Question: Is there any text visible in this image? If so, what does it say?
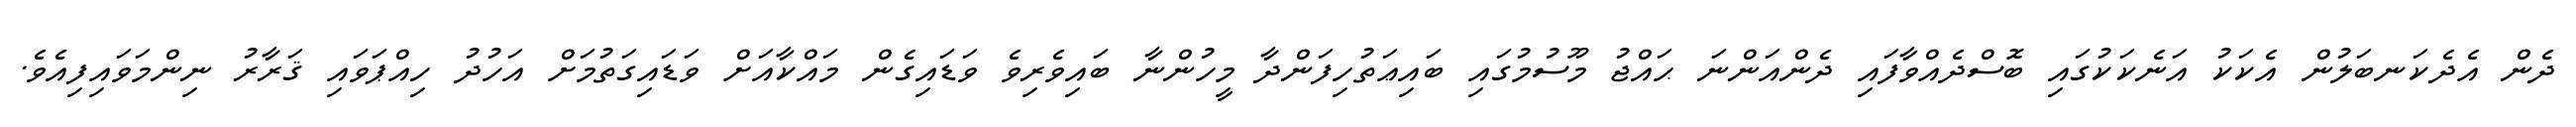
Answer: ދެން އެދެކަނބަލުން އެކަކު އަނެކަކުގައި ބޮސްދެއްވާފައި ދެންއަންނަ ޙައްޖު މޫސުމުގައި ބައިޢަތުހިފަންދާ މީހުންނާ ބައިވެރިވެ ވަޑައިގެން މައްކާއަށް ވަޑައިގަތުމަށް އަހުދު ހިއްޕަވައި ޤަރާރު ނިންމަވައިފިއެވެ.